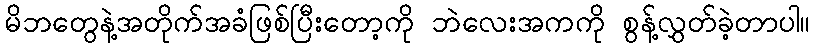
မိဘတွေနဲ့အတိုက်အခံဖြစ်ပြီးတော့ကို ဘဲလေးအကကို စွန့်လွှတ်ခဲ့တာပါ။